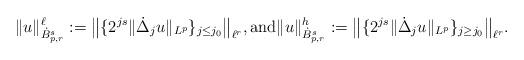
LaTeX: \begin{align*} \|u\|_{\dot B^s_{p,r}}^\ell := \big\|\{2^{js} \|\dot \Delta_j u\|_{L^p}\}_{j\leq j_0} \big\|_{\ell^r}, \textrm{and} \|u\|_{\dot B^s_{p,r}}^h := \big\|\{2^{js} \|\dot \Delta_j u\|_{L^p}\}_{j\geq j_0} \big\|_{\ell^r}.\end{align*}